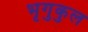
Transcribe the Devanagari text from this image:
भृगुकुल